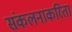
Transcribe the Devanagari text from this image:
संकलनाकरिता